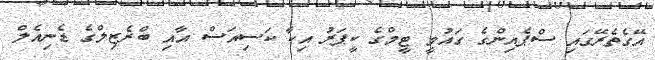
އޭގެތެރޭގައި ސްޕެއިންގެ ގައުމީ ޓީމްގެ ކީޕަރު އިކާ ކަސިއަސް އާއި ބްރެޒިލްގެ ޑެނިއެލް